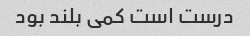
درست است کمی بلند بود